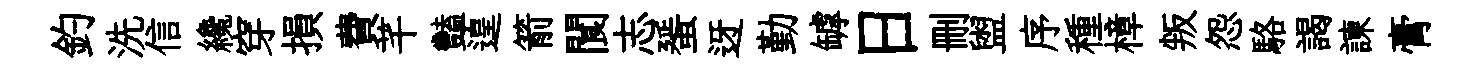
釣洗信纔穿損費芊豔遑箭閬志蜑迓勤罅日删盥序種樟叛怨駱謁諫膏